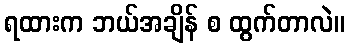
ရထားက ဘယ်အချိန် စ ထွက်တာလဲ။